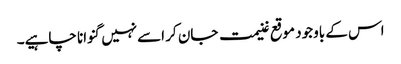
اس کے باوجود موقع غنیمت جان کر اسےنہیں گنوانا چاہیے۔